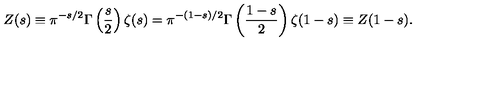
Z ( s ) \equiv \pi ^ { - s / 2 } \Gamma \left( \frac { s } { 2 } \right) \zeta ( s ) = \pi ^ { - ( 1 - s ) / 2 } \Gamma \left( \frac { 1 - s } { 2 } \right) \zeta ( 1 - s ) \equiv Z ( 1 - s ) .